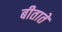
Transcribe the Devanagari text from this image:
बीताते